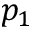
p _ { 1 }